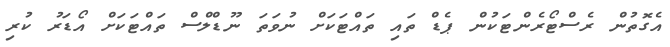
އެގޮތުން ރެސްޓޯރެންޓަކުން ޕެޑް ތައި ތައްޓަކަށް ނުވަތަ ނޫޑްލްސް ތައްޓަކަށް އޯޑަރު ކުރި